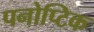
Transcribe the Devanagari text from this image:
पनोप्टिक